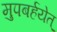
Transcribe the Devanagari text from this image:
मुपबर्हयेत्